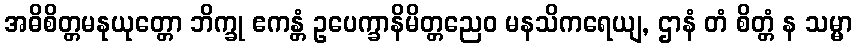
အဓိစိတ္တမနုယုတ္တော ဘိက္ခု ဧကန္တံ ဥပေက္ခာနိမိတ္တညေဝ မနသိကရေယျ, ဌာနံ တံ စိတ္တံ န သမ္မာ